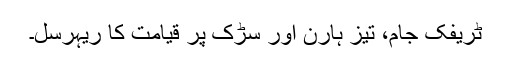
ٹریفک جام، تیز ہارن اور سڑک پر قیامت کا ریہرسل۔